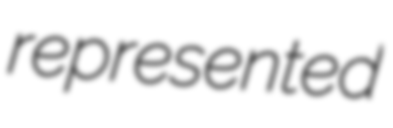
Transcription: represented